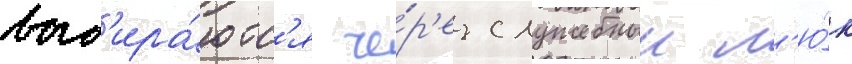
выб'ира́ютс'я че́р'ез служебныи л'ю́к